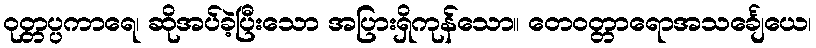
ဝုတ္တပ္ပကာရေ၊ ဆိုအပ်ခဲ့ပြီးသော အပြားရှိကုန်သော။ တေဝတ္တာရောအသင်္ချေယေ၊